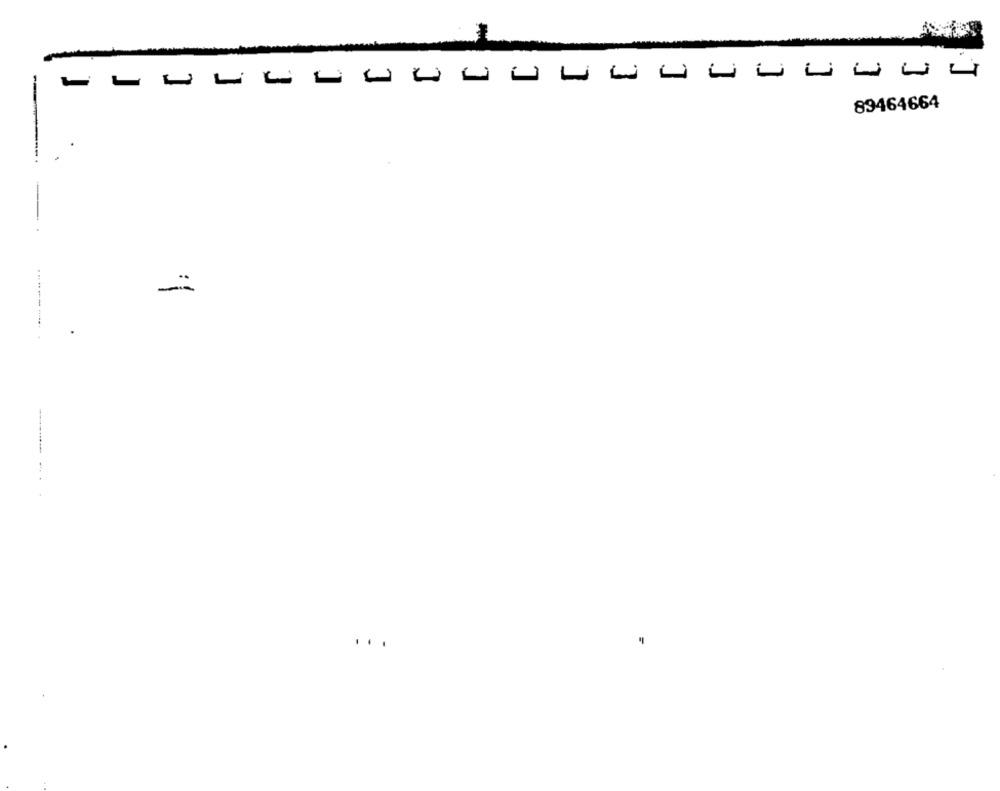
--
89464664
-
.
...-------- -